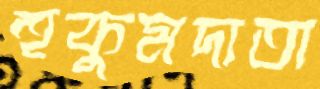
হুকুমদাতা